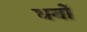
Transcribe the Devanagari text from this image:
धनों